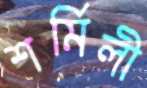
শর্মিলী